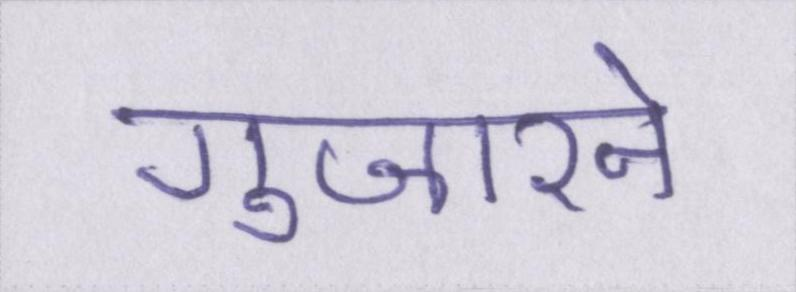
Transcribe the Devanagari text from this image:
गुजारने